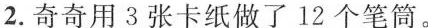
2.奇奇用3张卡纸做了12个笔筒。